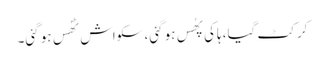
کرکٹ گیا، ہاکی پھُس ہو گئی، سکواش ٹھُس ہو گئی۔